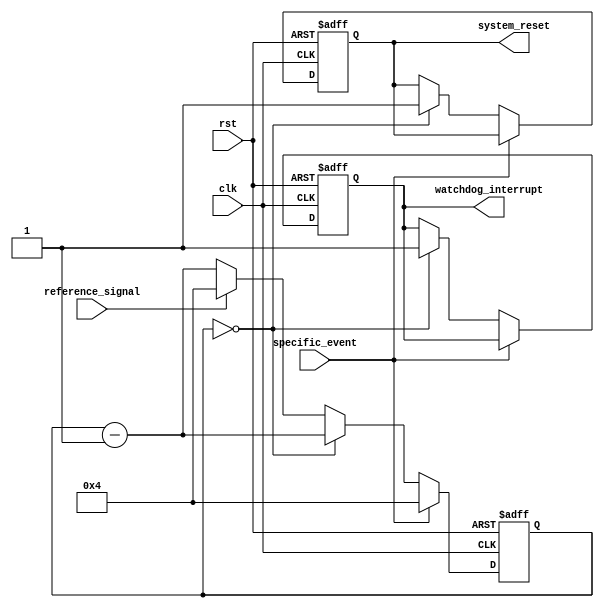
module WatchdogTimer (
    input clk,                    // Main clock input
    input rst,                    // System reset input
    input reference_signal,       // Reference signal input
    input specific_event,         // Specific event input
    output reg watchdog_interrupt, // Output interrupt signal
    output reg system_reset       // Output system reset signal
);

reg [7:0] counter;    // 8-bit counter for watchdog timer

always @(posedge clk or posedge rst) begin
    if (rst) begin
        counter <= 8'b100;   // Initial preset value for counter
        watchdog_interrupt <= 0;  // Initialize interrupt signal
        system_reset <= 0;        // Initialize system reset signal
    end else begin
        if (specific_event) begin
            counter <= 8'b100;   // Reset counter when specific event occurs
        end else begin
            counter <= counter - 1;    // Decrement counter every clock cycle
            if (counter == 0) begin
                watchdog_interrupt <= 1;    // Generate interrupt
                system_reset <= 1;      // Reset the system
            end else if (reference_signal) begin
                counter <= 8'b100;   // Reset counter when reference signal is received
            end
        end
    end
end

endmodule